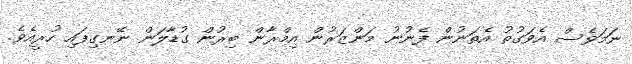
ނަމަވެސް އެވަގުތު އެތަނުން ފެނުނު މަންޒަރުން އިމްރާން ބިރުން ގުޑާލަން ނޭނގިފައި ހުރީއެވެ.